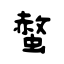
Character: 螫